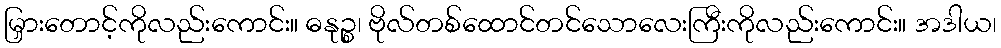
မြှားတောင့်ကိုလည်းကောင်း။ ဓနုဉ္စ၊ ဗိုလ်တစ်ထောင်တင်သောလေးကြီးကိုလည်းကောင်း။ အဒါယ၊